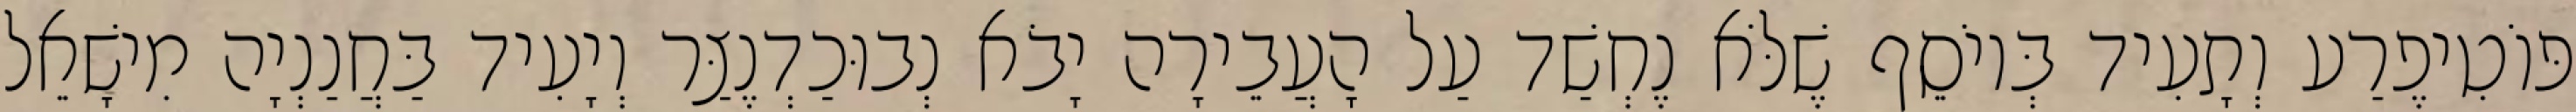
פּוֹטִיפֶרַע וְתָעִיד בְּיוֹסֵף שֶׁלֹּא נֶחְשַׁד עַל הָעֲבֵירָה יָבֹא נְבוּכַדְנֶצַּר וְיָעִיד בַּחֲנַנְיָה מִישָׁאֵל